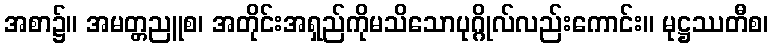
အစာ၌။ အမတ္တညူစ၊ အတိုင်းအရှည်ကိုမသိသောပုဂ္ဂိုလ်လည်းကောင်း။ မုဋ္ဌဿတီစ၊